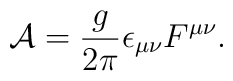
{\cal A}= {{g}\over{2\pi }} \epsilon _{\mu\nu }F^{\mu\nu}.